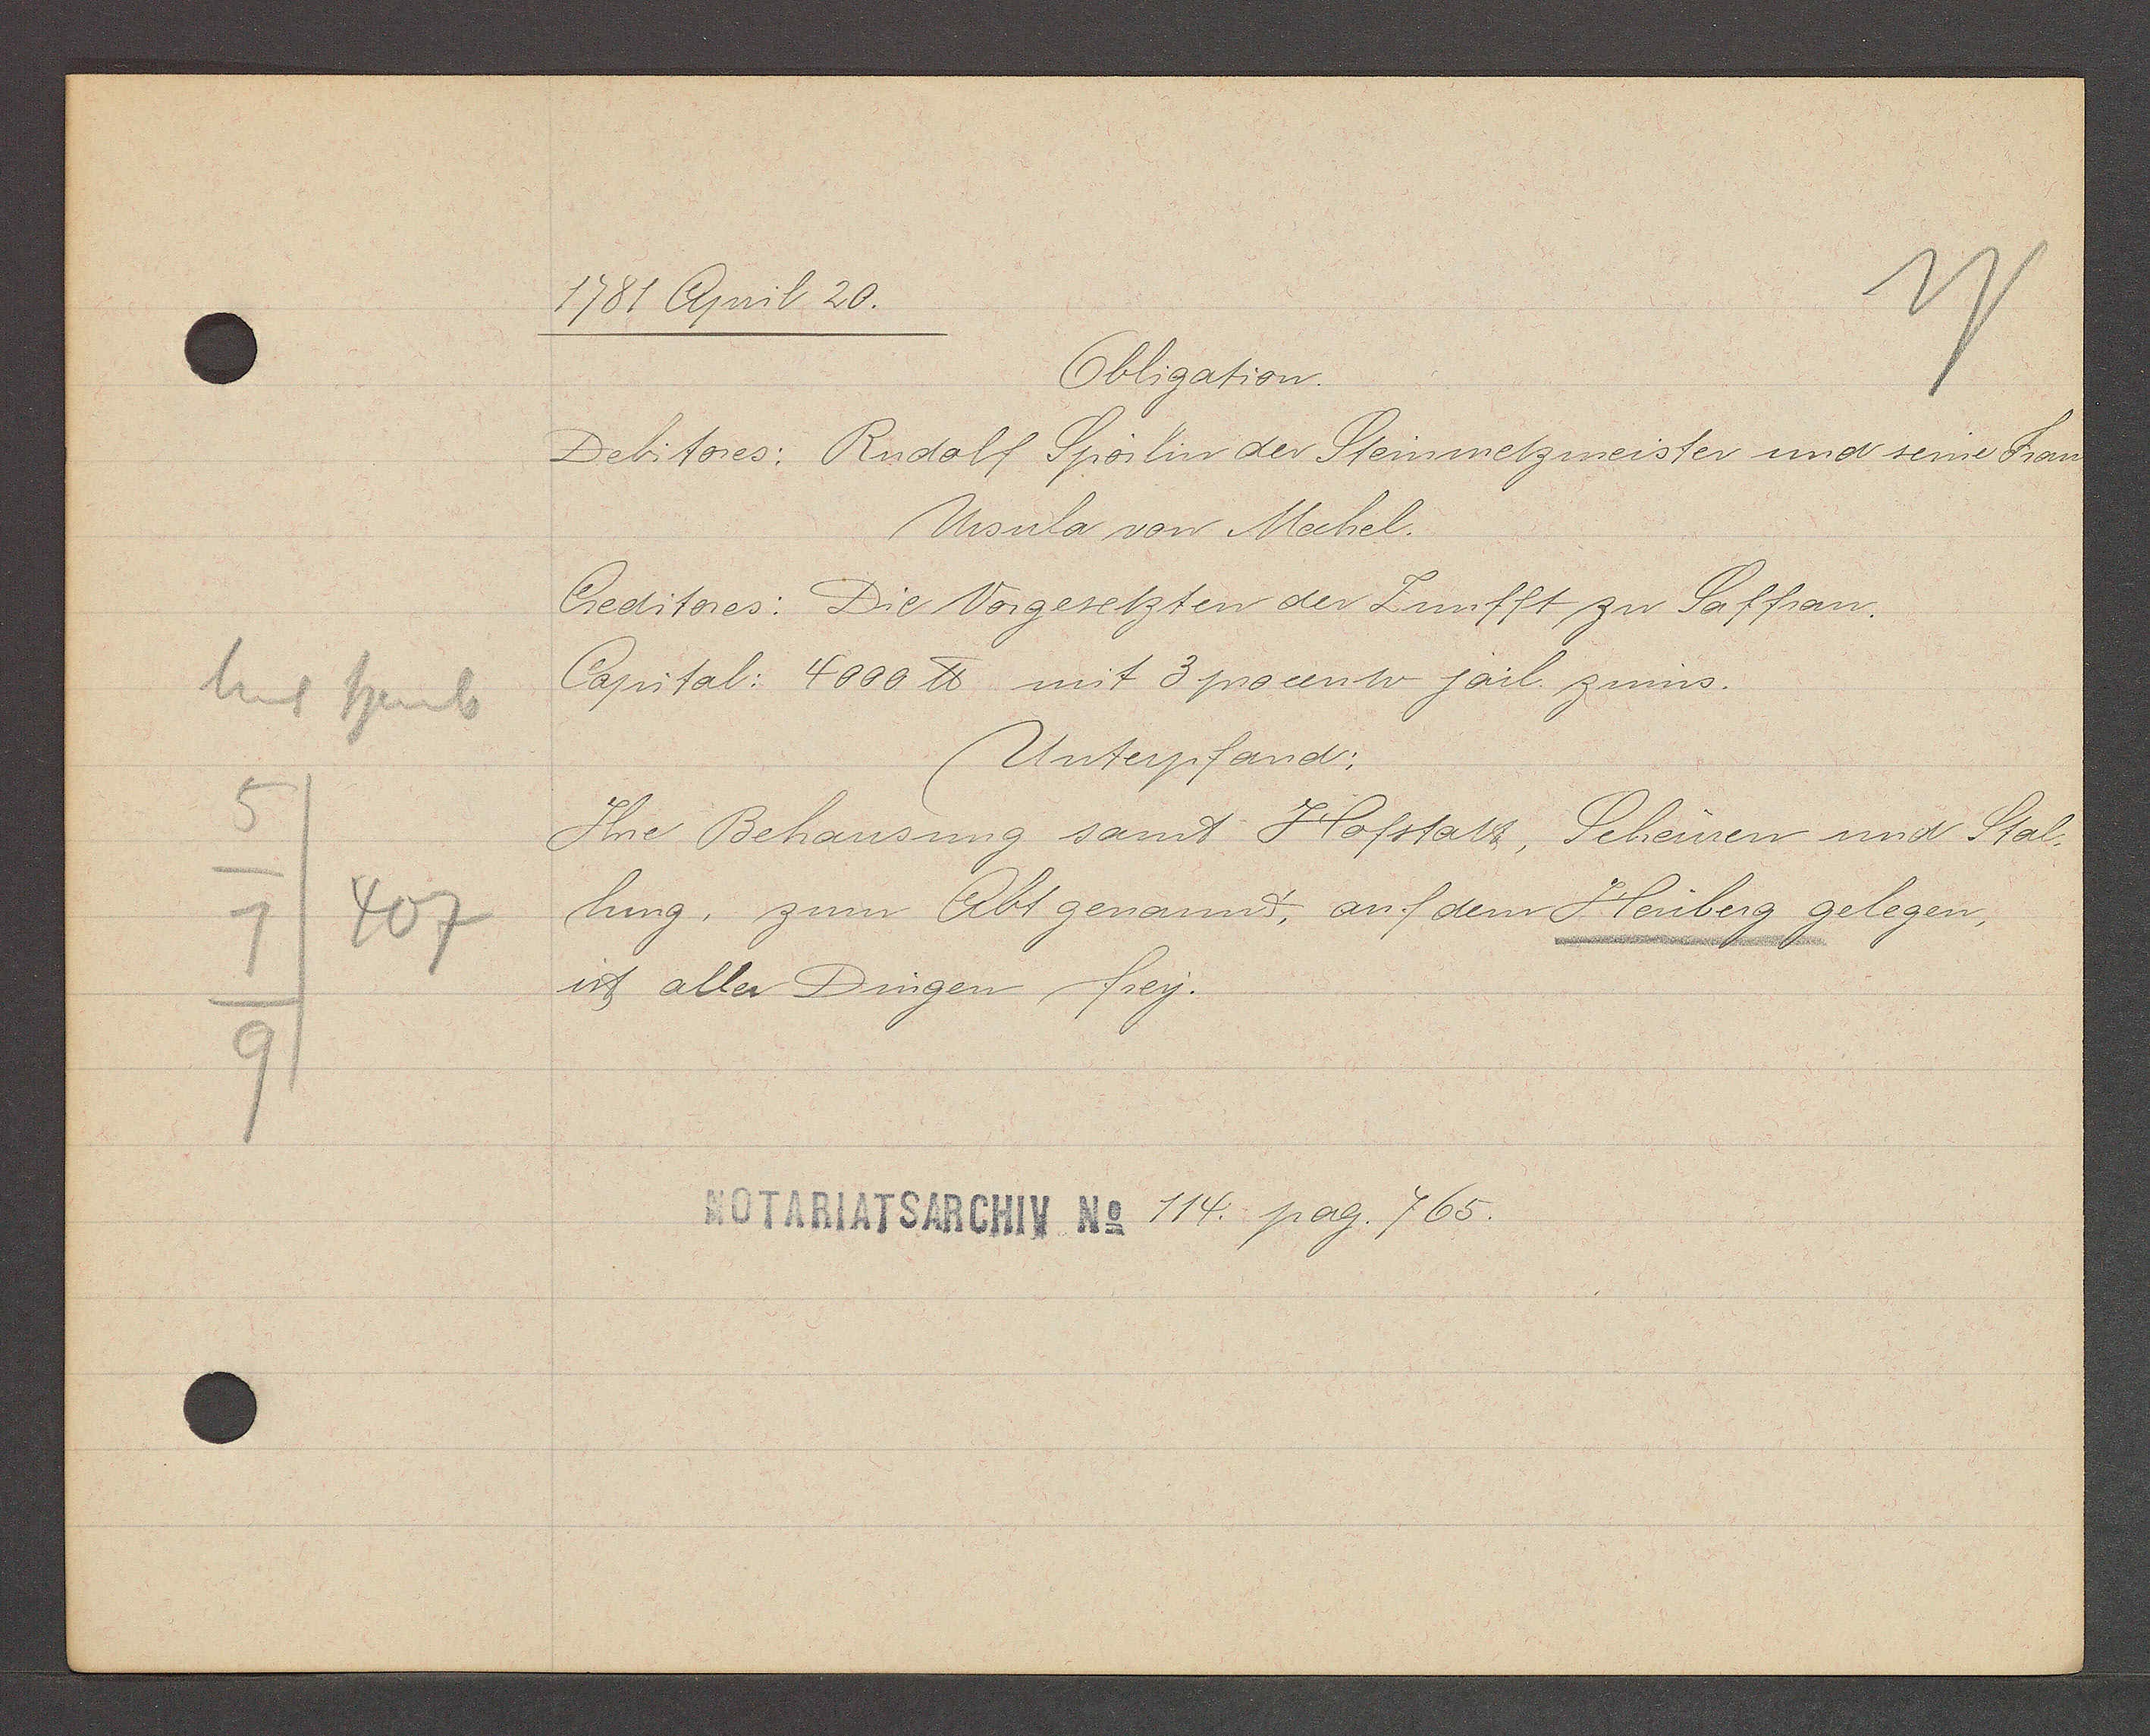
Transcript:
Unt heub
5
7
407
9

1781 April 20.

Obligation.
Debitores: Rudolf Spörlin der Steinmetzmeister und seine Frau
Ursula von Mechel.
Creditores: Die Vorgesetzten der Zunfft zu Saffran.
Capital: 4000 ℔ mit 3 procento järl. zinns.
Unterpfand;
Ihre Behausung samt Hofstatt, Scheunen und Stal¬
lung. zum Abt genannt, auf dem Heuberg gelegen,
ist aller Dingen frey.

Notariatsarchiv No 114. pag. 765.